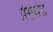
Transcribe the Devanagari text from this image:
प्रेसेसेंड